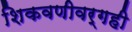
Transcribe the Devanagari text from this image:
शिकवणीवर्गही